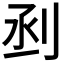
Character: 𠜉